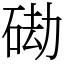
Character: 䂶